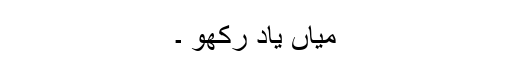
میاں یاد رکھو ۔